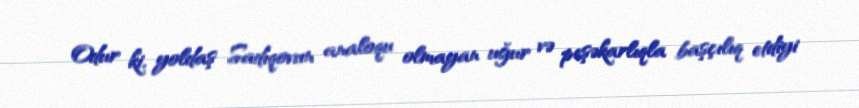
Odur ki, yoldaş Sadıqovun analoqu olmayan uğur və peşəkarlıqla başçılıq etdiyi